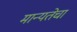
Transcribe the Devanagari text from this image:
मान्यतेचा